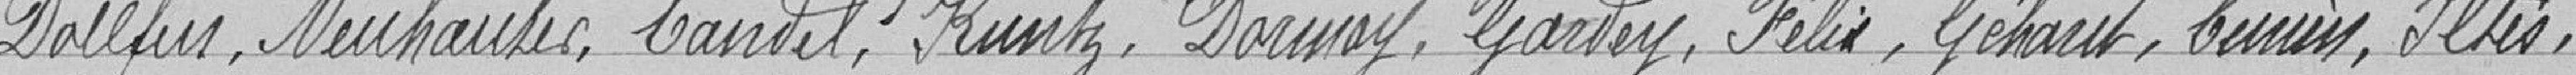
Dallfus, Neuhausec, Candel, Kuntz, Dormoy, Gardey, Félix, Géhart, Burin, Iltis,